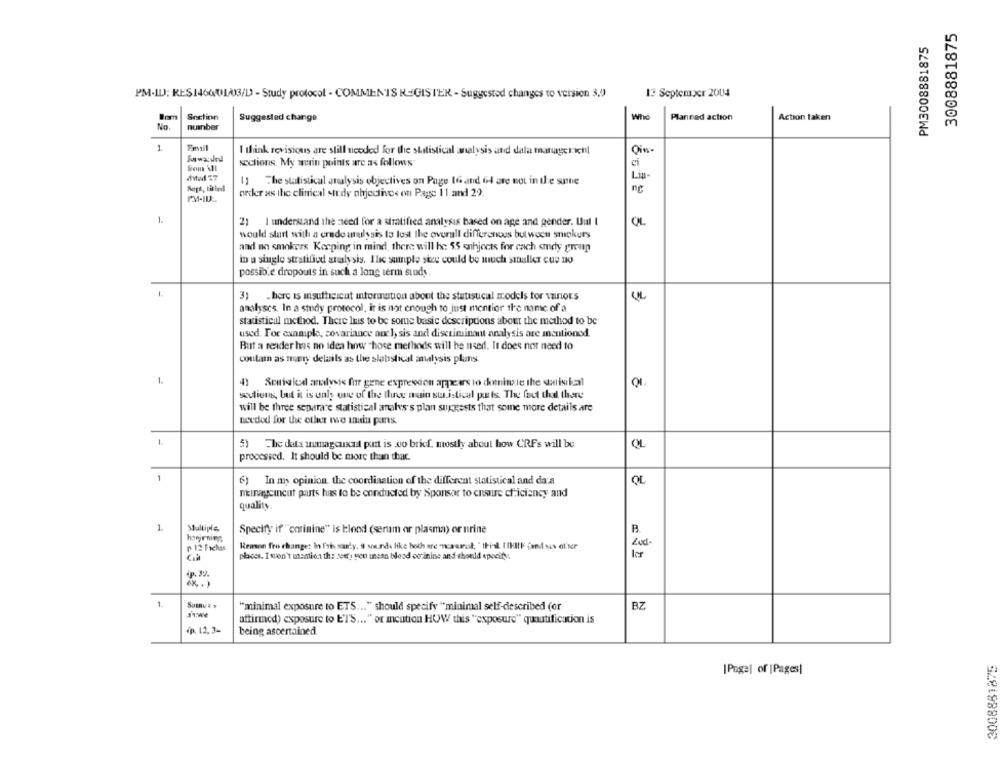
3008881875
PM3008881875
PM-ILJ; RES14600103/D - Study protocol - COMMENTS REGISTER - Suggested changes to version 3,0
13 September 2004
Snctinn
Who
Suggested change
Planned action
Action taken
number
1
I think revisious are still needed for the statistical analysis and dala margerienl
Oin-
ci
sections. My main points are as follows
Lin-
1] The statistical analysis objectives on Page 16 and 64 are not in the sume
Sept, titled
ng
PM-ID :.
order as the clinical strdy objectives on Page 11 and 29
1.
CIL
21 I understand the need for a stratified analysis based on age and gender. Uul I
would start with a credo analysis ta lost The overall differenous but woon snipkurs
and an smokers Keeping in mind, there will be 55 enhjects for each smely green
in a single stratified analysis. The sample stee could be much smaller cue no
possible dropouts in such a long term study
31
here is insufficicat information about the statistical models for vanors
UL
analyses. In a study protocol, it is not enough to just mentior the name of a
statistical method. There Ins to be some basic descriptions about the method to be
used. For example, covariance aux 1, sis and discriminant analysis are mentioned.
But a reader has no idea how "hose methods will be used. It does not need to
coutam as mær delails as the slabstical analysis plans.
1.
4) Serialcdl analysis for gene expression appears to dominste the serisi kcal
actions, but it is only one of the three main statistical ports. The fact that there
will be three separare statistical analys's plan suggests that some more details are
needed for the other tve inain parts.
1.
5) The data inmagcuxat purt is co bricf, mostly about how CRFs will be
OL
processed. It should be more than chac.
1
OL
6) In my opinion. the coordination of the different statistical and da a
ningcincut parts has to be conducted by Sponsor to ensure cficiency and
quality.
1
Multiple
Specify if"corinine" is blood (serum or plasma) or urine
hoejrning
₱ 12 Fachas
Reason fro changer In fris study, it sounds like both are "ncaarok, " think ITHIIF fand sus al'ser
places. I won't msmien the sweet', yen unsan blood corinine and should specify.
ler
4p. 39.
1
"minimal exposure to ETS ... " should specify "minimal self-described (or
BZ
ITwe
attirmod) exposure to ET'S ... " or meution HOW this "exposure" quantification is
<p. 12, 3-
being ascertained.
3008881875
[Page] of |Pages|